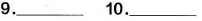
9.___10.___